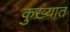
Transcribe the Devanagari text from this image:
कुख़्यात